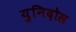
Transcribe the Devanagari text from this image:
युनिदोस